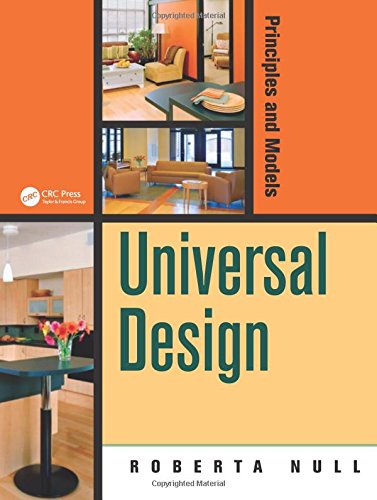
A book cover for Universal Design: Principles and Models; Law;